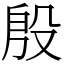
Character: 殷